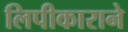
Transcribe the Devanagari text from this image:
लिपीकाराने